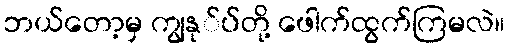
ဘယ်တော့မှ ကျွနု်ပ်တို့ ဖေါက်ထွက်ကြမလဲ။